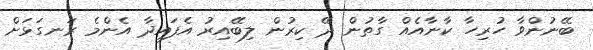
ބޭނުންވާ ހުރިހާ ކާނާއެއް ގާތުން ދޭ ކިރުން ލިބޭއިރު އެފައިދާ އެންމެ ރަނގަޅަށް